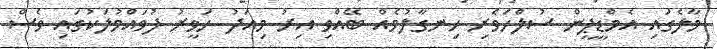
މާލެގައި އެމްޑީޕީން ސުލްހަވެރި ހިނގާލުމެއް ބޭއްވި އިރު މިއަދު ހަވީރު ފުވައްމުލަކުގައި ވެސް